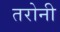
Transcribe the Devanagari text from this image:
तरोनी